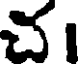
చ